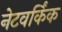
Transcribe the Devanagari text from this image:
नेटवर्किंक